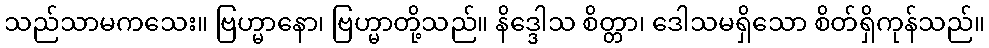
သည်သာမကသေး။ ဗြဟ္မာနော၊ ဗြဟ္မာတို့သည်။ နိဒ္ဒေါသ စိတ္တာ၊ ဒေါသမရှိသော စိတ်ရှိကုန်သည်။